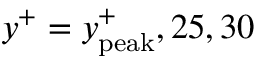
y ^ { + } = y _ { \mathrm { p e a k } } ^ { + } , 2 5 , 3 0